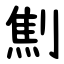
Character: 劁